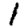
Digit: 1